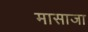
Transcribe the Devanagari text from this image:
मासाजा